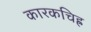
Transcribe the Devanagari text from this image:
कारकचिह्र